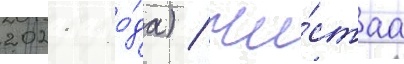
2021 го́да) / чи́стаа